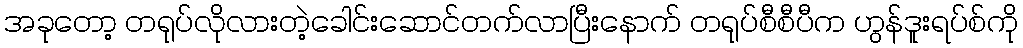
အခုတော့ တရုပ်လိုလားတဲ့ခေါင်းဆောင်တက်လာပြီးနောက် တရုပ်စီစီပီက ဟွန်ဒူးရပ်စ်ကို